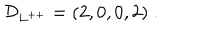
{ \cal D } _ { L ^ { + + } } = ( 2 , 0 , 0 , 2 ) \; .